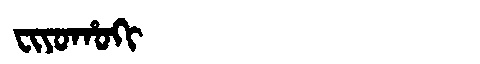
Manchu: ᠸᡳᠶᠣᡥᠣᡴᡳ
Romanization: FIYOHOKI